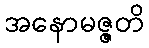
အနောမဇ္ဇတိ